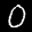
Label: 0